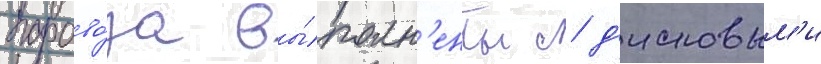
парово́за вы́полн'ены с д'исковым'и